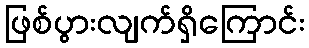
ဖြစ်ပွားလျက်ရှိကြောင်း